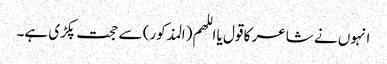
انہوں نے شاعر کا قول یا اللھم (المذکور) سے حجت پکڑی ہے۔